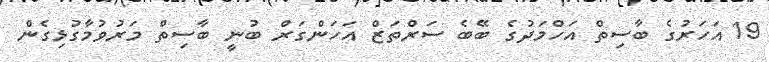
19 އަހަރުގެ ބާސިތް އަހްމަދުގެ ބޭބެ ސަރްތަޒް އަހަންގަރް ބުނީ ބާސިތް މަރުވުމާގުޅިގެން